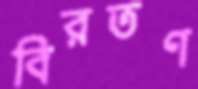
বিরতণ